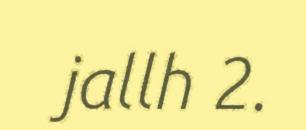
jallh 2.